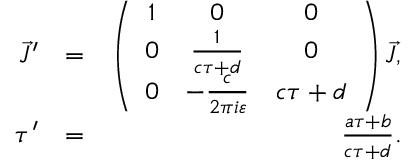
\begin{array} { r l r } { \vec { J } ^ { \prime } } & { = } & { \left( \begin{array} { c c c } { 1 } & { 0 } & { 0 } \\ { 0 } & { \frac { 1 } { c \tau + d } } & { 0 } \\ { 0 } & { - \frac { c } { 2 \pi i \varepsilon } } & { c \tau + d } \end{array} \right) \vec { J } , } \\ { \tau ^ { \prime } } & { = } & { \frac { a \tau + b } { c \tau + d } . } \end{array}